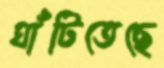
ঘাঁটিতেছে